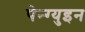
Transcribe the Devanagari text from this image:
पेन्ग्युइन